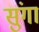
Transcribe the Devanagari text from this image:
सुंगा